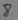
Text: 8